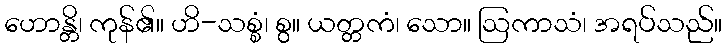
ဟောန္တိ၊ ကုန်၏။ ဟိ-သစ္စံ၊ စွ။ ယတ္တကံ၊ သော။ ဩကာသံ၊ အရပ်သည်။